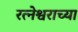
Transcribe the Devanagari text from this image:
रत्नेश्वराच्या